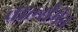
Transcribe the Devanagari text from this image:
चार्ल्समेन